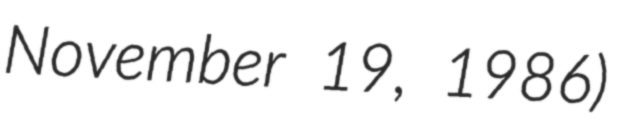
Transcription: November 19, 1986)